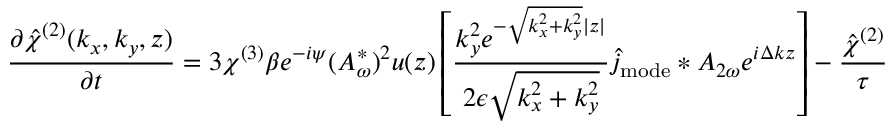
\frac { \partial \hat { { \chi } } ^ { ( 2 ) } ( k _ { x } , k _ { y } , z ) } { \partial t } = 3 \chi ^ { ( 3 ) } \beta e ^ { - i \psi } ( A _ { \omega } ^ { * } ) ^ { 2 } u ( z ) \left[ \frac { k _ { y } ^ { 2 } e ^ { - \sqrt { k _ { x } ^ { 2 } + k _ { y } ^ { 2 } } | z | } } { 2 \epsilon \sqrt { k _ { x } ^ { 2 } + k _ { y } ^ { 2 } } } \hat { j } _ { \mathrm { m o d e } } \ast A _ { 2 \omega } e ^ { i \Delta k z } \right] - \frac { \hat { { \chi } } ^ { ( 2 ) } } { \tau }